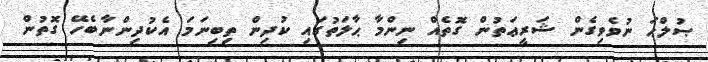
ޞުލްޙަ ނުވެވިގެން ޝަރީޢަތުން ގޮތެއް ނިންމާ ޙާލަތުގައި ކުދިން ތިބިނަމަ އެކުދިންނާބެހޭ ގޮތުން